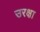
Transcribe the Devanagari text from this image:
उरक्षा